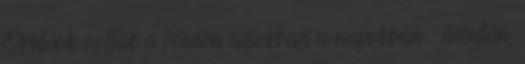
Óriások voltak a földön azokban a napokban – azután,